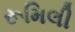
રૂમિલી